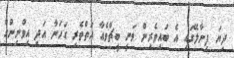
ދިޔަ ފިނާލޭގައި އެ ބައިވެރިން ވަނީ ބީޗްވެއާ އަތްތެރި ގަހަނާ އަދި އިވްނިންގް